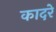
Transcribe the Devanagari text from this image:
कादरे